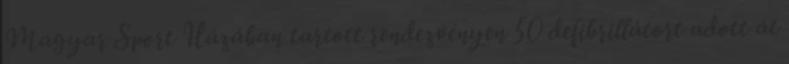
Magyar Sport Házában tartott rendezvényen 50 defibrillátort adott át